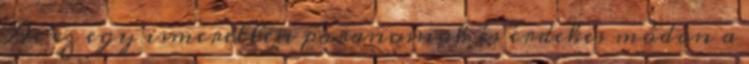
De ez egy ismeretlen parancsnok és érdekes módon a